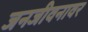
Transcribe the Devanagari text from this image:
जनजीवनावर